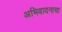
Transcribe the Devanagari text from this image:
अभिवादनाचा